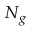
N _ { g }